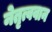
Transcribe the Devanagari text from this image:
नेतृत्ववान